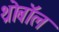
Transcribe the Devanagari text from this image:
थ्रोबॉल